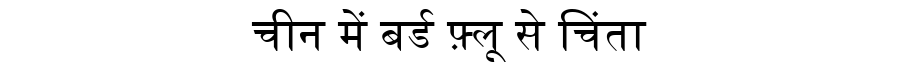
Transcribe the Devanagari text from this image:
चीन में बर्ड फ़्लू से चिंता